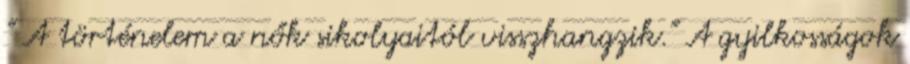
" A történelem a nők sikolyaitól visszhangzik." A gyilkosságok